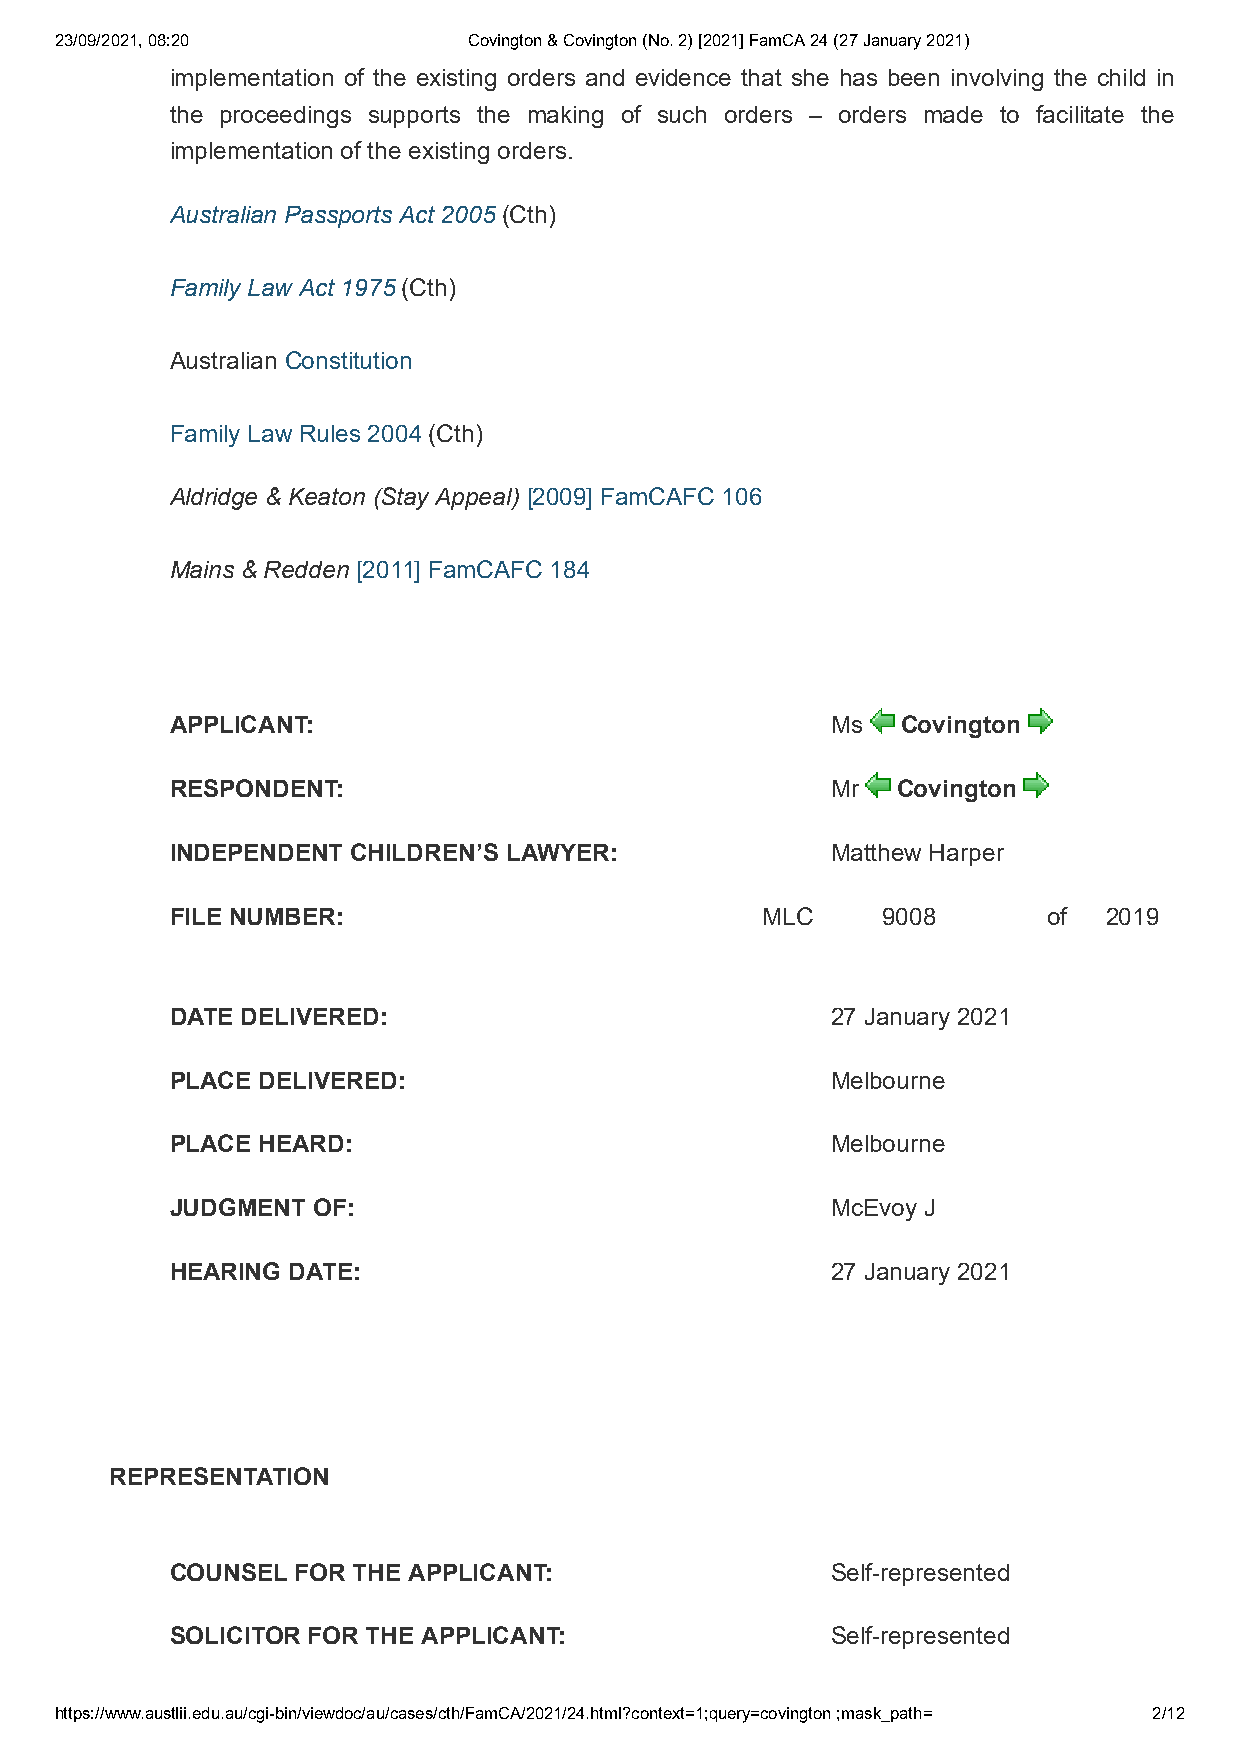
23/09/2021, 08:20          Covington & Covington (No. 2) [2021] FamCA 24 (27 January 2021)
 implementation of the existing orders and evidence that she has been involving the child in
 the proceedings supports the making of such orders – orders made to facilitate the
 implementation of the existing orders.
 Australian Passports Act 2005 (Cth)
 Family Law Act 1975 (Cth)
 Australian Constitution
 Family Law Rules 2004 (Cth)
 Aldridge & Keaton (Stay Appeal) [2009] FamCAFC 106
 Mains & Redden [2011] FamCAFC 184
 APPLICANT:                                  Ms   Covington
 RESPONDENT:                                 Mr  Covington
 INDEPENDENT CHILDREN’S LAWYER:              Matthew Harper
 FILE NUMBER:                           MLC     9008       of  2019
 DATE DELIVERED:                             27 January 2021
 PLACE DELIVERED:                            Melbourne
 PLACE HEARD:                                Melbourne
 JUDGMENT  OF:                               McEvoy J
 HEARING DATE:                               27 January 2021
 REPRESENTATION
 COUNSEL  FOR THE APPLICANT:                 Self-represented
 SOLICITOR FOR THE APPLICANT:                Self-represented
 https://www.austlii.edu.au/cgi-bin/viewdoc/au/cases/cth/FamCA/2021/24.html?context=1;query=covington ;mask_path= 2/12